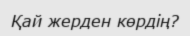
Қай жерден көрдің?